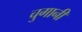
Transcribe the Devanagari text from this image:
चुगानी